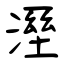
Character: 溼